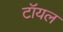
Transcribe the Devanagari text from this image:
टॉयल